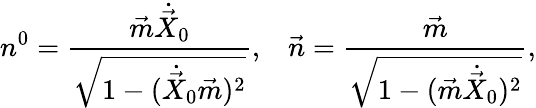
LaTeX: n^{0}=\frac{\vec{m}\dot{\vec{X}}_{0}}{\sqrt{1-(\dot{\vec{X}}_{0}\vec{m})^{2}}},\; \; \; \vec{n}=\frac{\vec{m}}{\sqrt{1-(\vec{m}\dot{\vec{X}}_{0})^{2}}},